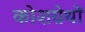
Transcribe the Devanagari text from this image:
कोशग्रेथों